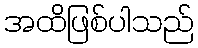
အထိဖြစ်ပါသည်